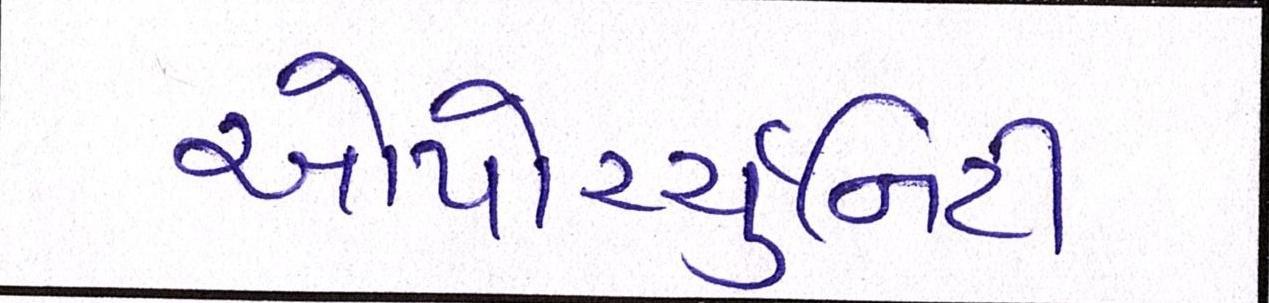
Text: ઓપોર્ચ્યુનિટી